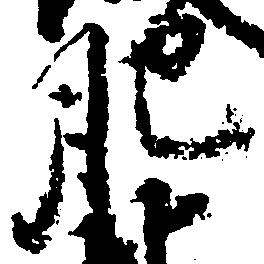
肥